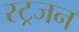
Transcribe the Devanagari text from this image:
स्ट्रजन